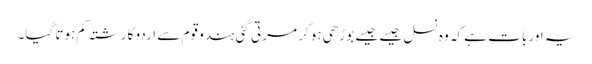
یہ اور بات ہے کہ وہ نسل جیسے جیسے بوڑھی ہو کر مرتی گئی ہندو قوم سے اردو کا رشتہ کم ہوتا گیا۔